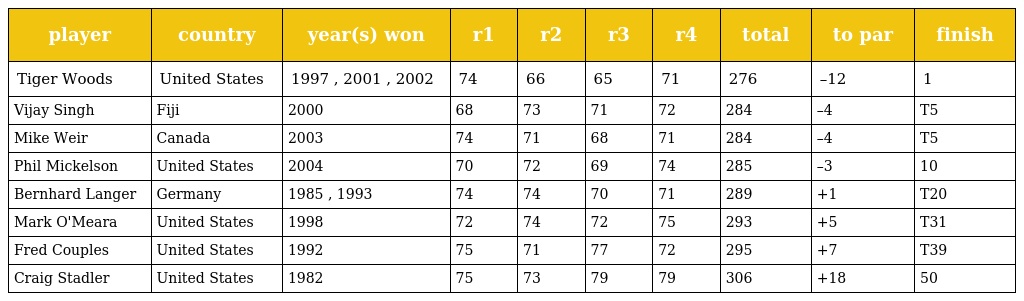
| player | country | year(s) won | r1 | r2 | r3 | r4 | total | to par | finish |
 | --- | --- | --- | --- | --- | --- | --- | --- | --- | --- |
 | Tiger Woods | United States | 1997 , 2001 , 2002 | 74 | 66 | 65 | 71 | 276 | –12 | 1 |
 | Vijay Singh | Fiji | 2000 | 68 | 73 | 71 | 72 | 284 | –4 | T5 |
 | Mike Weir | Canada | 2003 | 74 | 71 | 68 | 71 | 284 | –4 | T5 |
 | Phil Mickelson | United States | 2004 | 70 | 72 | 69 | 74 | 285 | –3 | 10 |
 | Bernhard Langer | Germany | 1985 , 1993 | 74 | 74 | 70 | 71 | 289 | +1 | T20 |
 | Mark O'Meara | United States | 1998 | 72 | 74 | 72 | 75 | 293 | +5 | T31 |
 | Fred Couples | United States | 1992 | 75 | 71 | 77 | 72 | 295 | +7 | T39 |
 | Craig Stadler | United States | 1982 | 75 | 73 | 79 | 79 | 306 | +18 | 50 |